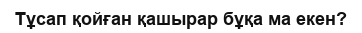
Тұсап қойған қашырар бұқа ма екен?